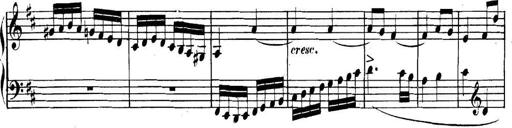
Title: Collected Piano Sonatas
Composer: Muzio Clementi